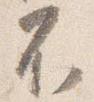
不